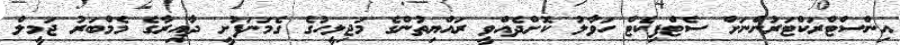
އިންސްޓްރަކްޓަރުންނަށް ސެޓްފިކެޓް ހަވާލު ކޮށްދެއްވީ ރައްޔިތުންގެ މަޖިލީހުގެ ގެމަނަފުށީ ދާއިރާގެ މެމްބަރު ޖަމީލް